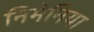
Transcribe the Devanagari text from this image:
निमेनिया